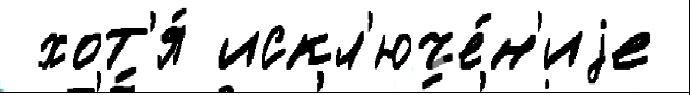
 хот'я́ искл'юче́н'иjе